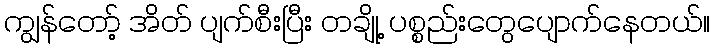
ကျွန်တော့် အိတ် ပျက်စီးပြီး တချို့ ပစ္စည်းတွေပျောက်နေတယ်။